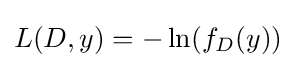
L(D,y)=-\ln(f_{D}(y))